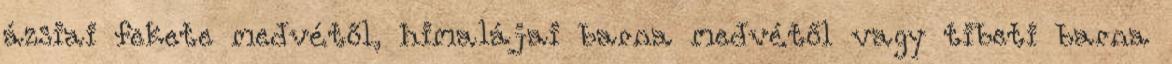
ázsiai fekete medvétől, himalájai barna medvétől vagy tibeti barna